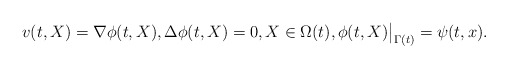
\begin{align*}v(t, X) = \nabla \phi(t, X),\Delta \phi(t, X) =0, X\in \Omega(t), \phi(t,X)\big|_{\Gamma(t)}= \psi(t,x).\end{align*}